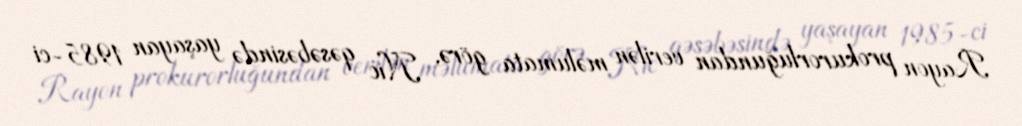
Rayon prokurorluğundan verilən məlumata görə, Nic qəsəbəsində yaşayan 1985-ci